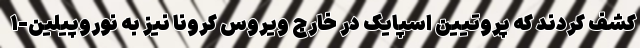
کشف کردند که پروتیین اسپایک در خارج ویروس کرونا نیز به نوروپیلین-۱